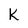
Character: k